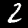
Label: 2